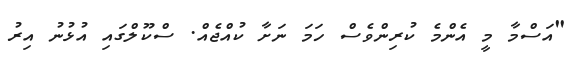
"އަސްމާ މީ އެންމެ ކުރިންވެސް ހަމަ ނަށާ ކުއްޖެއް. ސްކޫލްގައި އުޅުނު އިރު